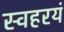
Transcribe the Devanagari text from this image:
स्वहरयं